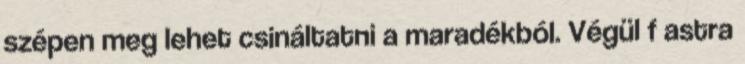
szépen meg lehet csináltatni a maradékból. Végül f astra